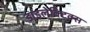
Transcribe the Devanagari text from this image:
डाइलेक्टिक्स